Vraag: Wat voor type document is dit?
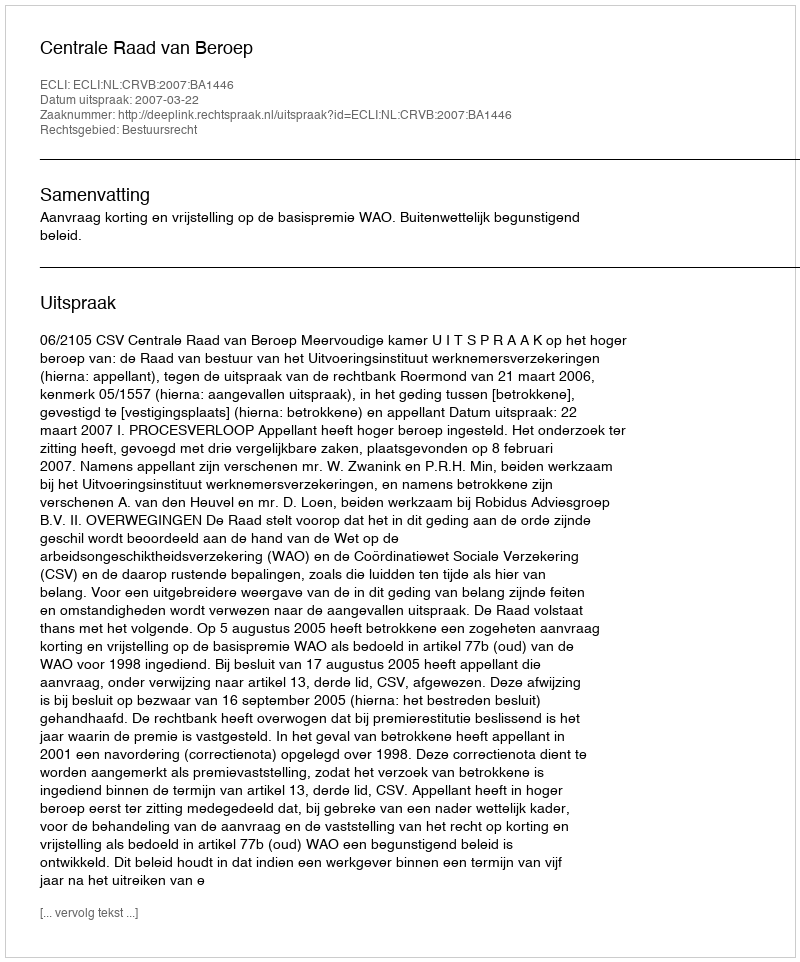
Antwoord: Uitspraak